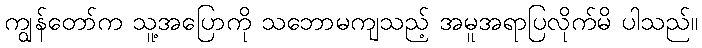
ကျွန်တော်က သူ့အပြောကို သဘောမကျသည့် အမူအရာပြလိုက်မိ ပါသည်။